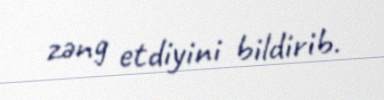
zəng etdiyini bildirib.